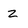
Character: z